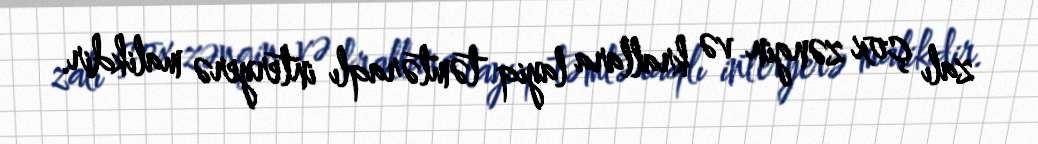
zalı çox zəngin və krallara layiq təmtəraqlı interyerə malikdir.